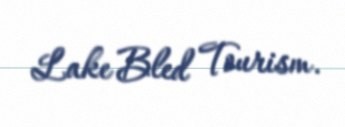
Lake Bled Tourism.